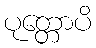
ပုတ္တောပိ